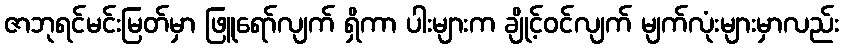
ဇာဘုရင်မင်းမြတ်မှာ ဖြူရော်လျက် ရှိကာ ပါးများက ချိုင့်ဝင်လျက် မျက်လုံးများမှာလည်း